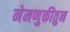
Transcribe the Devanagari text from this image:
नेमणुकीतुन